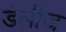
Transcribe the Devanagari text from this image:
डेलीज